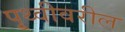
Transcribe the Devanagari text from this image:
पृ्थ्वीवरील